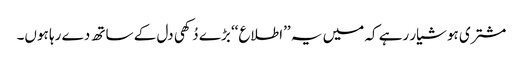
مشتری ہوشیار رہے کہ میں یہ ’’اطلاع‘‘ بڑے دُکھی دل کے ساتھ دے رہا ہوں۔